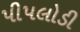
પીપલોડી